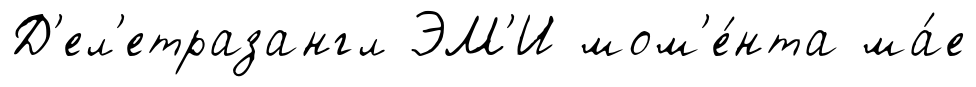
Д'ел'етразангл ЭМ'И мом'е́нта ма́е